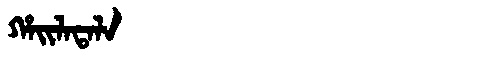
Manchu: ᡥᠠᡳᠯᠠᡨᠠᠯᠠ
Romanization: HAILATALA